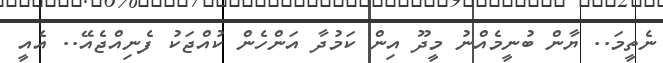
ނެތީމަ.. ޔާން ބުނީމެއްނު މީދޫ އިން ކަމުދާ އަންހެން ކުއްޖަކު ފެނިއްޖެއޭ.. އެއީ